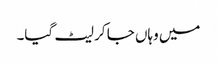
میں وہاں جا کر لیٹ گیا۔